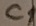
Text: C1